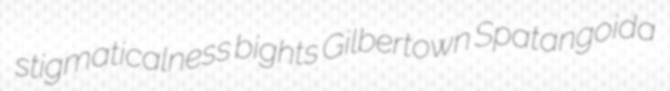
stigmaticalness bights Gilbertown Spatangoida